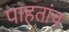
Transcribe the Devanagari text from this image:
पाहतांच